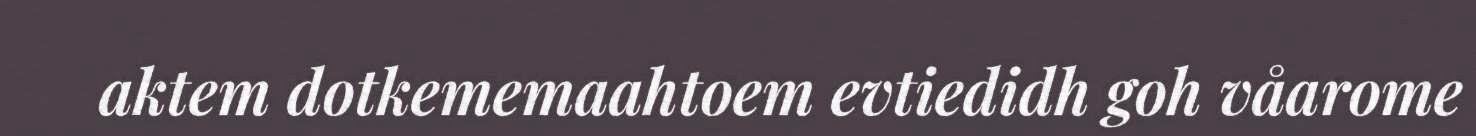
aktem dotkememaahtoem evtiedidh goh våarome